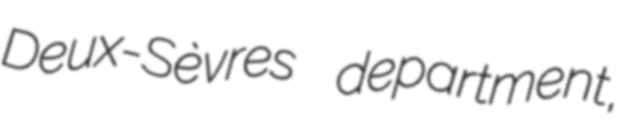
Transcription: Deux-Sèvres department,